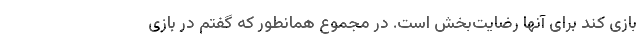
بازی کند برای آنها رضایت‌بخش است. در مجموع همانطور که گفتم در بازی